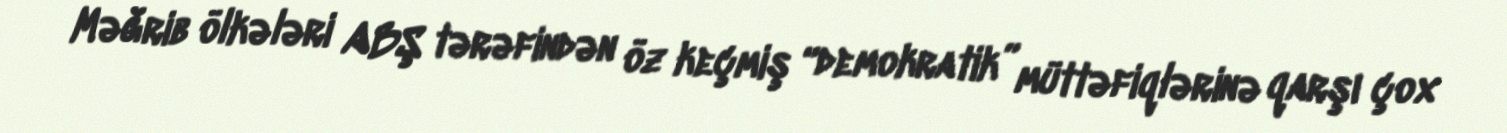
Məğrib ölkələri ABŞ tərəfindən öz keçmiş “demokratik” müttəfiqlərinə qarşı çox